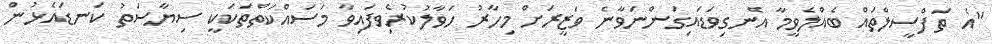
"އެ ތަފްސީލްތައް ބެއްލެވީމާ އެނގިވަޑައިގަންނަވާނެ ވަޒީރަށް މިހާރު ހަވާލުކުރެވިފައިވާ މަސައްކަތްތަކަކީ ސިޔާސަތު ކަނޑައެޅުން